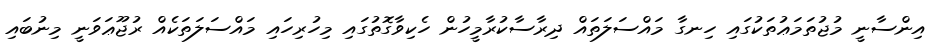
އިންސާނީ މުޖުތަމަޢުތަކުގައި ހިނގާ މައްސަލަތައް ދިރާސާކުރާމީހުން ހެކިވާގޮތުގައި މިހުރިހައި މައްސަލަތަކެއް ރުޖޫޢަވަނީ މިނުބައި